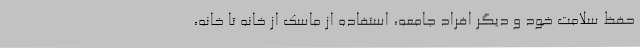
حفظ سلامت خود و دیگر افراد جامعه، استفاده از ماسک از خانه تا خانه،